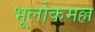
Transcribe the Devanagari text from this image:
भूलोकमल्ल